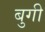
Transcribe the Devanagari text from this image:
बुगी